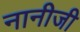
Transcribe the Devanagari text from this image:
नानीजी